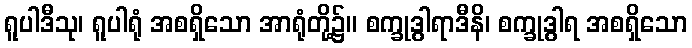
ရူပါဒီသု၊ ရူပါရုံ အစရှိသော အာရုံတို့၌။ စက္ခုဒွါရာဒီနိ၊ စက္ခုဒွါရ အစရှိသော